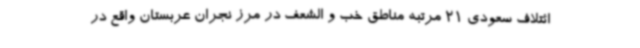
ائتلاف سعودی 21 مرتبه مناطق خب و الشعف در مرز نجران عربستان واقع در